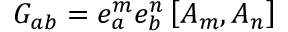
G _ { a b } = e _ { a } ^ { m } e _ { b } ^ { n } \left[ A _ { m } , A _ { n } \right]